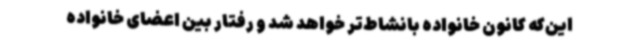
این‌که کانون خانواده بانشاط‌تر خواهد شد و رفتار بین اعضای خانواده